Eesti_Toorahva_Kommuun, lk 7
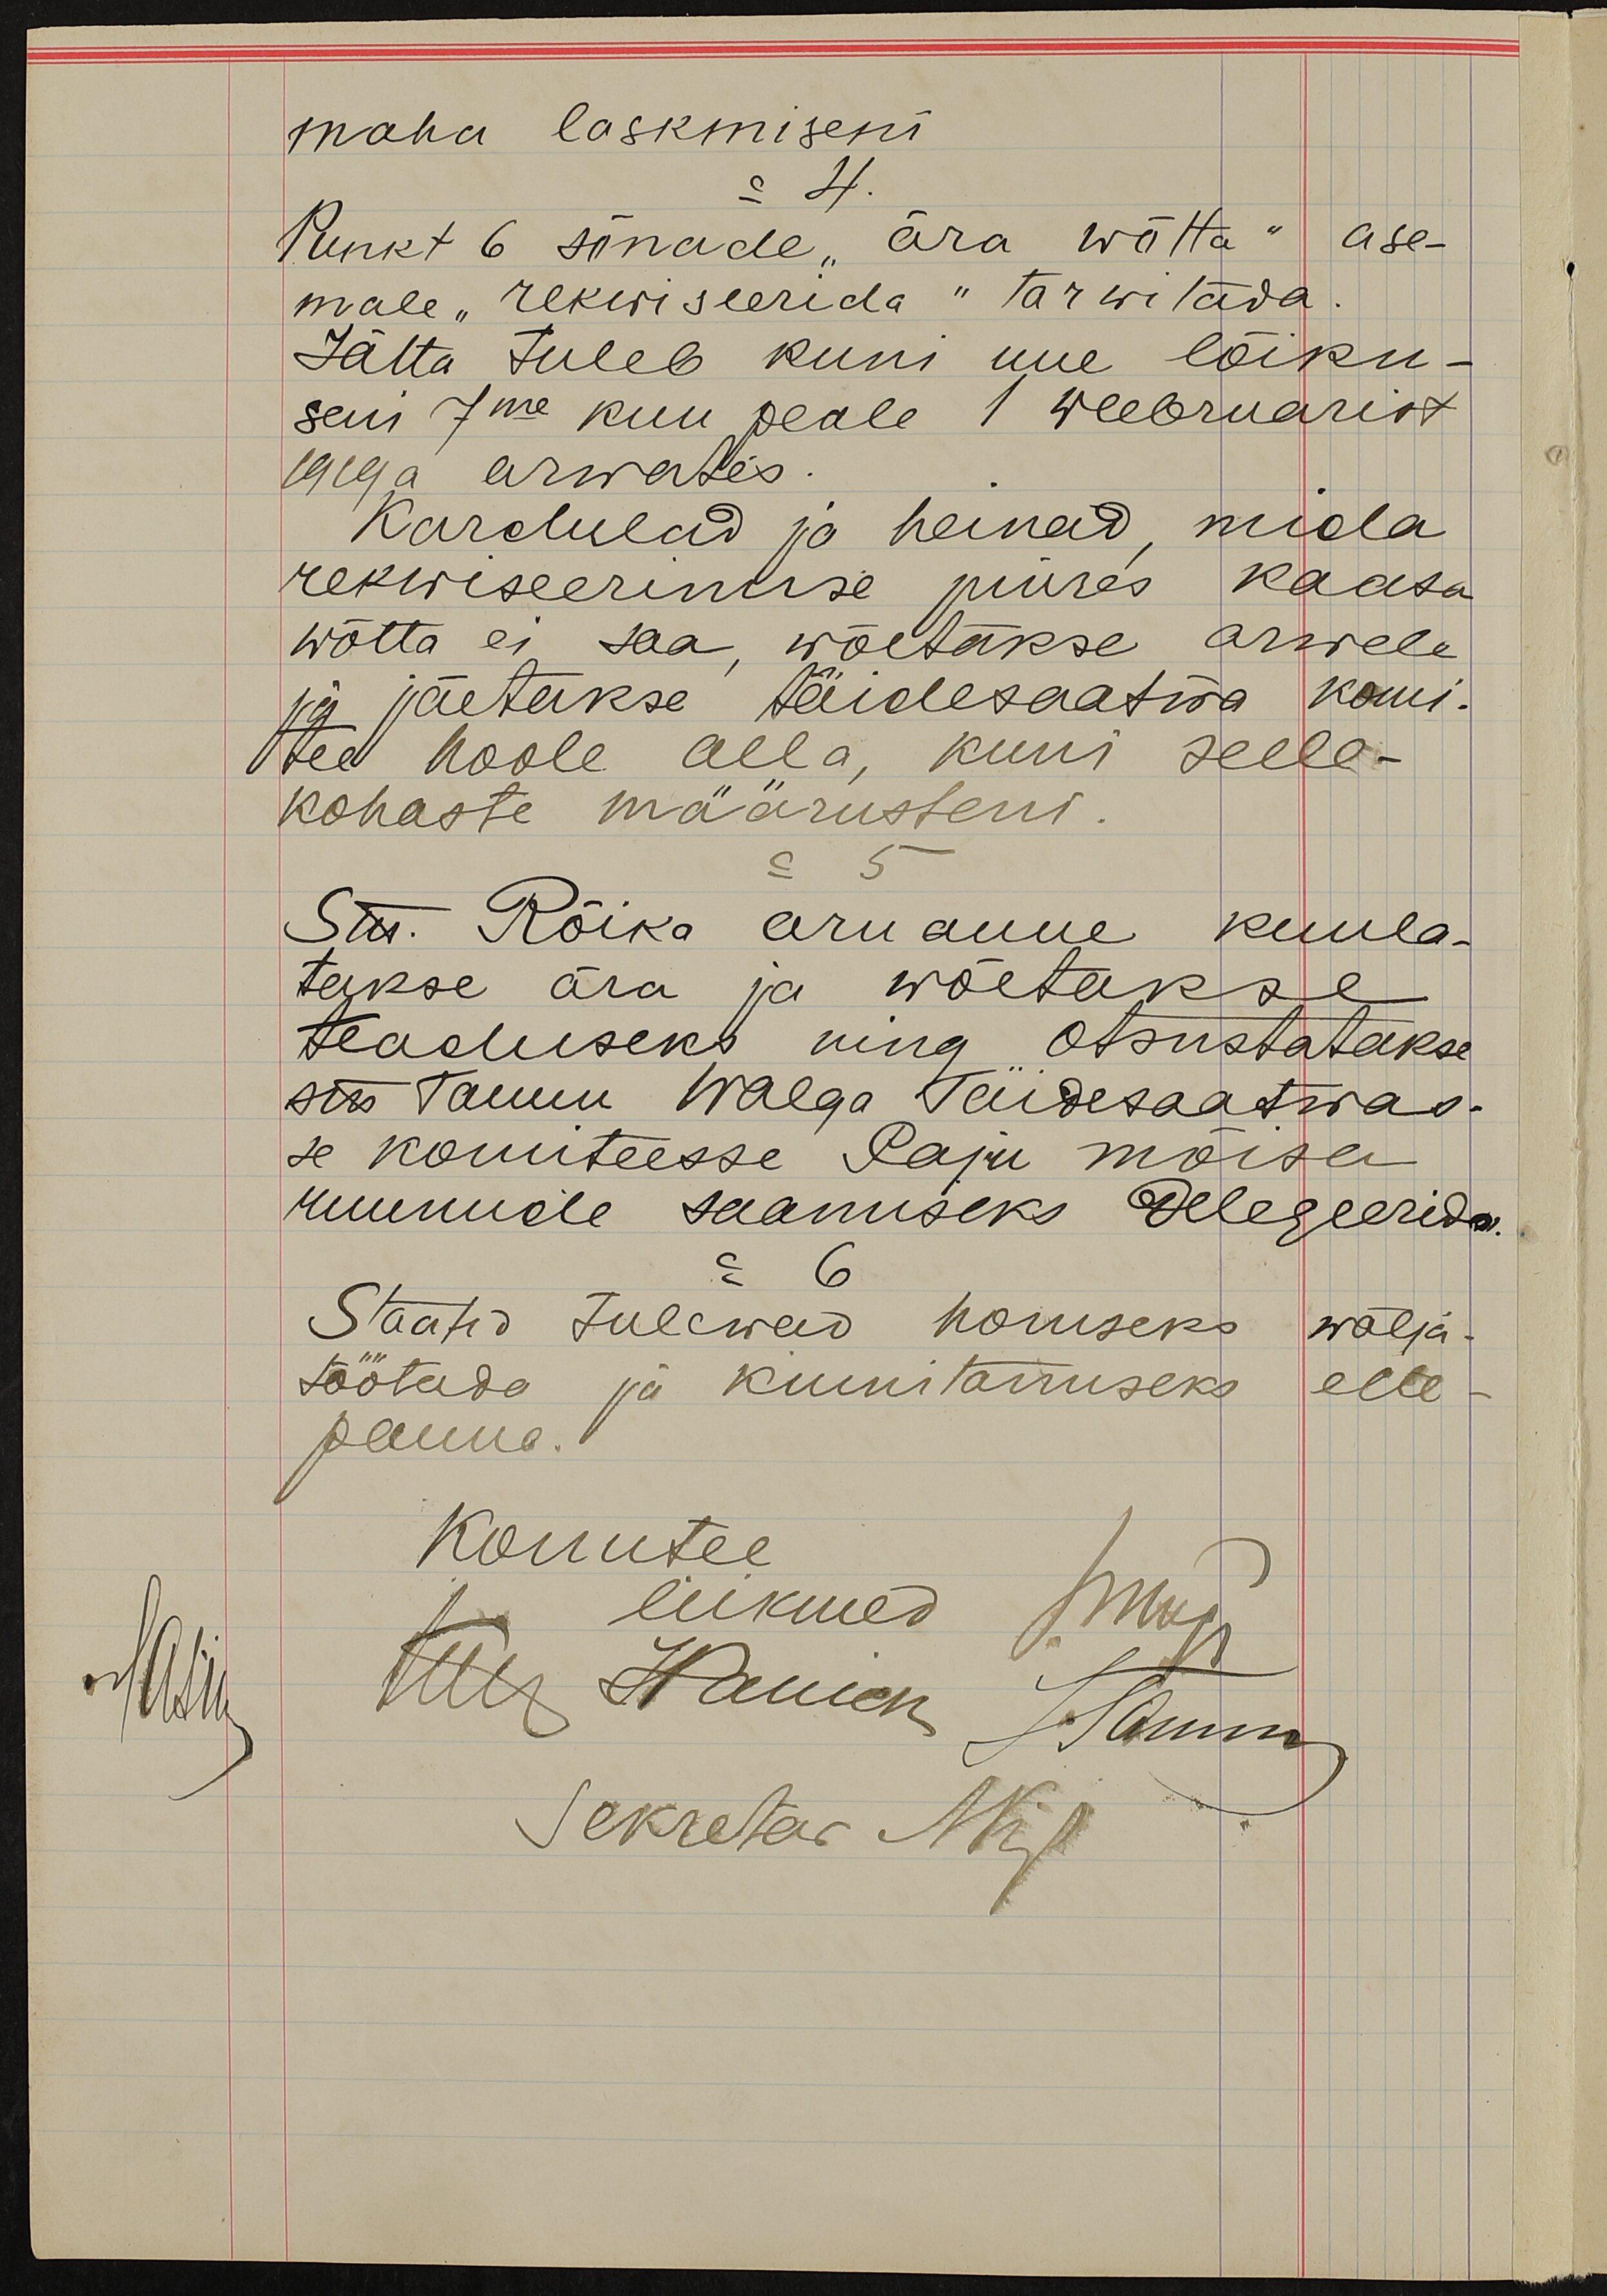
maha laskmiseni
= 4.
Punkt 6 sõnade "ära wõtta" ase-
male "rekwiseerida" tarwitada
Jätta tuleb kuni uue lõiku-
seni 7me kuu peale 1 weebruarist
1919 a  arwates.
Kardulad ja heinad, mida
rekwiseerimise juures kaasa
wõtta ei saa wõetakse arwele
ja jäetakse täidesaatwa komi-
tee hoole alla, kuni selle-
kohaste määrusteni.
= 5.
Sm. Rõika aruanne kuula-
takse ära ja wõetakse
teaduseks ning otsustatakse
siis Tamm Walga Täidesaatwas-
se komiteesse Paju mõisa
ruumide saamiseks delegeerida.
6
Staatid tulewad homseks wälja-
töötada ja kinnitamiseks ette
panna.
lastu
Komitee liikmed hoop
Ulu Hamen Tamm
Sekretär Mägi